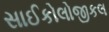
સાઈકોલોજીકલ